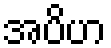
အပိဟ